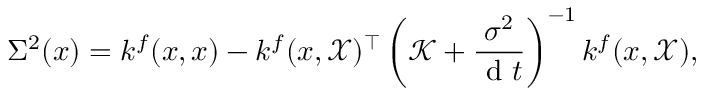
\Sigma ^ { 2 } ( x ) = k ^ { f } ( x , x ) - k ^ { f } ( x , \mathcal { X } ) ^ { \top } \left( \mathcal { K } + \frac { { \sigma } ^ { 2 } } { \mathrm { ~ d ~ } t } \right) ^ { - 1 } k ^ { f } ( x , \mathcal { X } ) ,